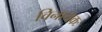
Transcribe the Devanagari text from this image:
विनायकः